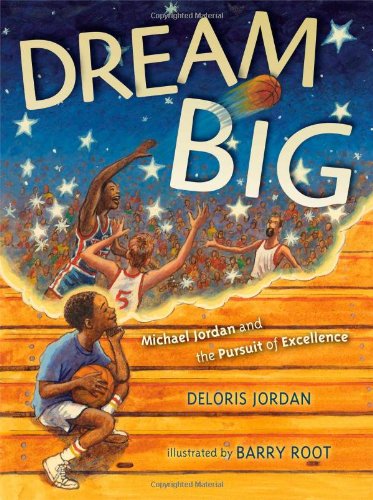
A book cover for Dream Big: Michael Jordan and the Pursuit of Excellence; Deloris Jordan; Children's Books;